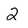
Character: 2